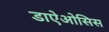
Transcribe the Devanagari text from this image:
डाऐओसिस